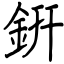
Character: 銒